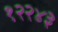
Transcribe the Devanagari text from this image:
१२२४३